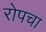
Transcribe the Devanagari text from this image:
रोपचा